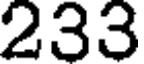
233